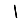
Digit: 1